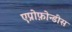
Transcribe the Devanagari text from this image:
एप्रोफ़ोन्डीस